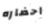
احضاره